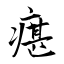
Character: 瘎